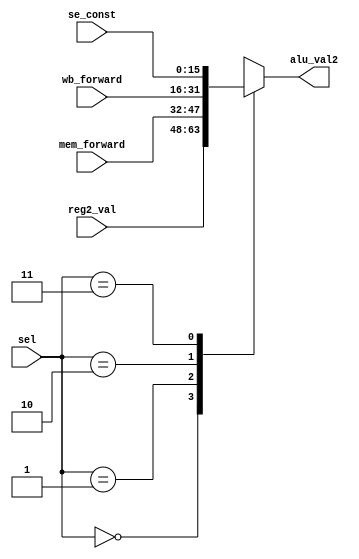
`timescale 1ns / 1ps
//////////////////////////////////////////////////////////////////////////////////
// Company: 
// Engineer: 
// 
// Design Name: 
// Module Name:    ALU_Reg2_Mux 
// Project Name: 
// Target Devices: 
// Tool versions: 
// Description: 
//
// Dependencies: 
//
// Revision: 
// Revision 0.01 - File Created
// Additional Comments: 
//
//////////////////////////////////////////////////////////////////////////////////
module ALU_Reg2_Mux(sel,reg2_val,mem_forward,wb_forward,se_const,alu_val2
    );

	input [1:0] sel;
	input [15:0] reg2_val,mem_forward,wb_forward,se_const;
	
	output reg [15:0] alu_val2;
	
	always@(*) begin
		case(sel)
			0: alu_val2 = reg2_val;
			1: alu_val2 = mem_forward;
			2: alu_val2 = wb_forward;
			3: alu_val2 = se_const;
		endcase
	end
endmodule